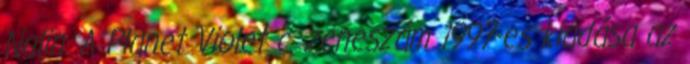
Nalin. A Planet Violet c. zeneszám 1997-es kiadása az